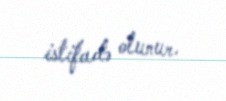
istifadə olunur.